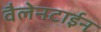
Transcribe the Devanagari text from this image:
वैलेनटाईन